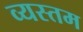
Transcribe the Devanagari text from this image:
व्यस्तम